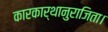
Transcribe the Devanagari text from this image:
कारकार्थानुराजिता।